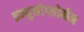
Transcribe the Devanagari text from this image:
इम्युनोग्लोबीन